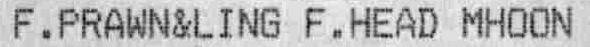
F.PRAWN&LING F.HEAD MHOON